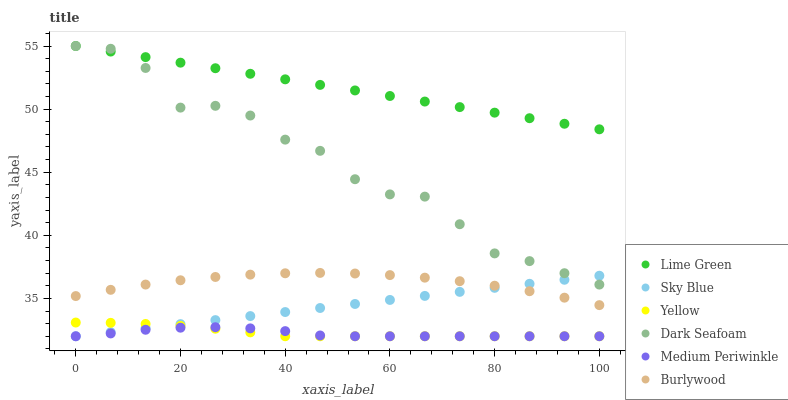
| xaxis_label | Lime Green | Sky Blue | Yellow | Dark Seafoam | Medium Periwinkle | Burlywood |
 | --- | --- | --- | --- | --- | --- | --- |
 | 0 | 55 | 32 | 33.1 | 55 | 32 | 35.2 |
 | 6.67 | 54.6 | 32.3 | 33.1 | 54.8 | 32.2 | 35.7 |
 | 13.3 | 54.1 | 32.6 | 33 | 53.3 | 32.5 | 36.1 |
 | 20 | 53.7 | 33 | 32.8 | 50.1 | 32.7 | 36.4 |
 | 26.7 | 53.2 | 33.3 | 32.6 | 50.3 | 32.7 | 36.7 |
 | 33.3 | 52.8 | 33.6 | 32.3 | 49.5 | 32.6 | 36.9 |
 | 40 | 52.4 | 33.9 | 32 | 47.6 | 32.4 | 37 |
 | 46.7 | 51.9 | 34.2 | 32 | 46.7 | 32.1 | 37 |
 | 53.3 | 51.5 | 34.6 | 32 | 44.4 | 32 | 37 |
 | 60 | 51 | 34.9 | 32 | 43.2 | 32 | 36.8 |
 | 66.7 | 50.6 | 35.2 | 32 | 43.1 | 32 | 36.6 |
 | 73.3 | 50.2 | 35.5 | 32 | 40.9 | 32 | 36.4 |
 | 80 | 49.7 | 35.8 | 32 | 38.6 | 32 | 36 |
 | 86.7 | 49.3 | 36.2 | 32 | 38 | 32 | 35.6 |
 | 93.3 | 48.8 | 36.5 | 32 | 37 | 32 | 35.1 |
 | 100 | 48.4 | 36.8 | 32 | 36.1 | 32 | 34.5 |